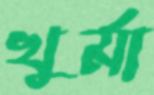
খুর্মা